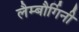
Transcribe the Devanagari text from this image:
लैम्बौर्गिनी